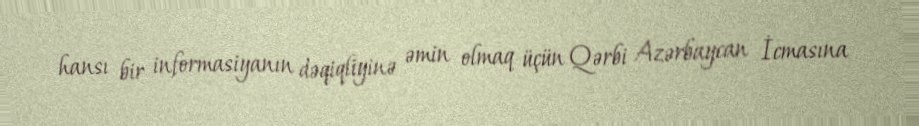
hansı bir informasiyanın dəqiqliyinə əmin olmaq üçün Qərbi Azərbaycan İcmasına